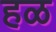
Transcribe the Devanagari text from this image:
हळ